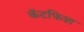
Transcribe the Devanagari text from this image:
कॅटफिश